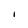
Character: I